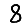
Digit: 8